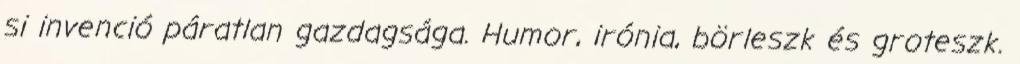
si invenció páratlan gazdagsága. Humor, irónia, börleszk és groteszk.